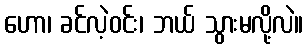
ဟော၊ ခင်လဲ့ဝင်း၊ ဘယ် သွားမလို့လဲ။